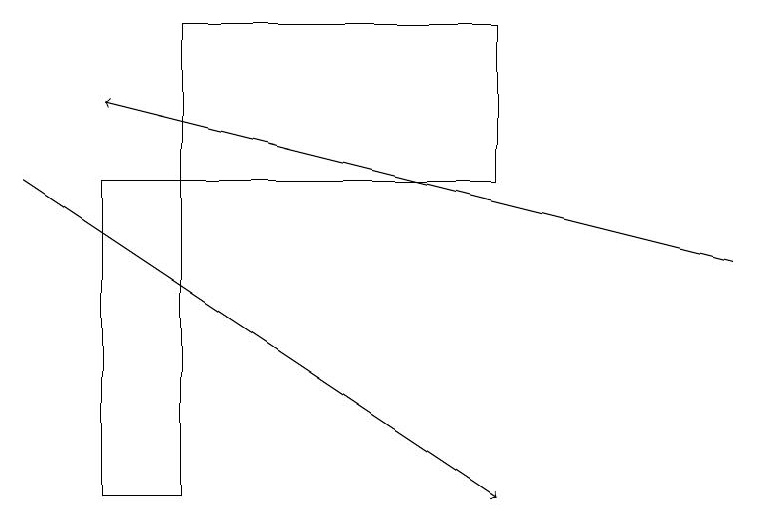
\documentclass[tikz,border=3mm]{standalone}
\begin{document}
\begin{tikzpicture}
\draw (2,17) rectangle (1,13);
\draw[->] (0,17) -- (6,13);
\draw (6,17) rectangle (2,19);
\draw[->] (9,16) -- (1,18);
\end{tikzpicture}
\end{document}